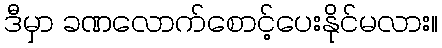
ဒီမှာ ခဏလောက်စောင့်ပေးနိုင်မလား။